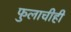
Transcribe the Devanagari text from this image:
फुलाचीही